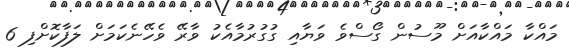
މައްކާ މައްކާއަށް މޫސުން ގޯސްވެ ވަޔާއި ގުގުރުމާއެކު ވާރޭ ވެހޭނެކަމަށް ލަފާކޮށްފި 6